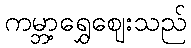
ကမ္ဘာ့ရွှေဈေးသည်